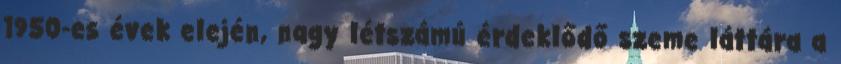
1950-es évek elején, nagy létszámú érdeklődő szeme láttára a